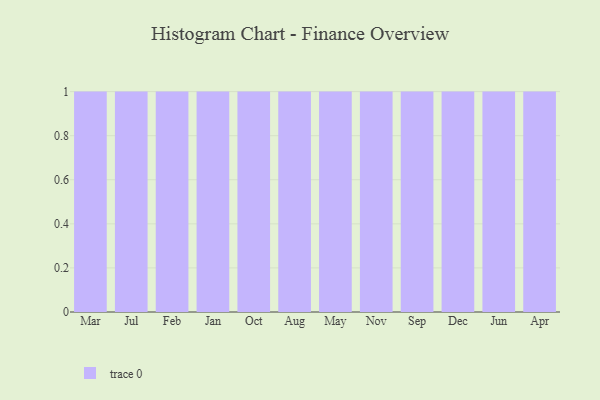
{"axis": {"x": "Month", "y": "Production Output"}, "legend": [""], "data": [{"x": "Mar", "y": 76, "type": ""}, {"x": "Jul", "y": 10, "type": ""}, {"x": "Feb", "y": 66, "type": ""}, {"x": "Jan", "y": 59, "type": ""}, {"x": "Oct", "y": 81, "type": ""}, {"x": "Aug", "y": 80, "type": ""}, {"x": "May", "y": 83, "type": ""}, {"x": "Nov", "y": 73, "type": ""}, {"x": "Sep", "y": 73, "type": ""}, {"x": "Dec", "y": 82, "type": ""}, {"x": "Jun", "y": 68, "type": ""}, {"x": "Apr", "y": 36, "type": ""}]}